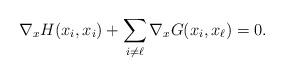
LaTeX: \begin{align*}\nabla_x H(x_i,x_i)+\sum_{i\neq \ell}\nabla_x G(x_i,x_\ell)=0.\end{align*}